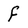
Character: f